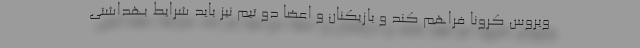
ویروس کرونا فراهم کند و بازیکنان و اعضا دو تیم نیز باید شرایط بهداشتی